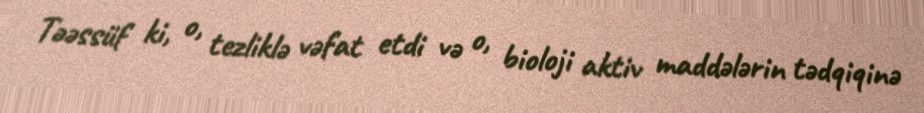
Təəssüf ki, o, tezliklə vəfat etdi və o, bioloji aktiv maddələrin tədqiqinə